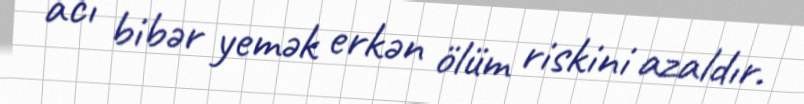
acı bibər yemək erkən ölüm riskini azaldır.